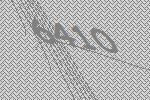
6410